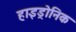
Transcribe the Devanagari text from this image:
हाइड्रोनिक